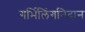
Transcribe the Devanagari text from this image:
गर्भिलिंगनिदान